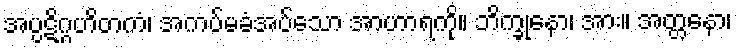
အပ္ပဋိဂ္ဂဟိတကံ၊ အကပ်မခံအပ်သော အာဟာရကို။ ဘိက္ခုနော၊ အား။ အတ္တနော၊